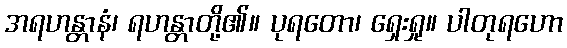
အရဟန္တာနံ၊ ရဟန္တာတို့၏။ ပုရတော၊ ရှေးရှု။ ပါတုရဟော